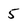
Character: 5